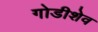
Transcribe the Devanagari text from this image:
गोडीशेव